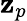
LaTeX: \mathbf{z}_{p}